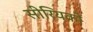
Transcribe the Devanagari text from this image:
सीरियकों